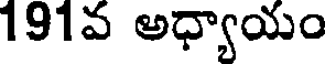
191వ అధ్యాయం